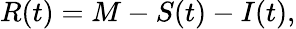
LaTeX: R(t)=M-S(t)-I(t),